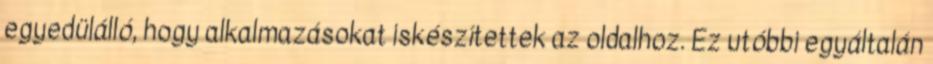
egyedülálló, hogy alkalmazásokat iskészítettek az oldalhoz. Ez utóbbi egyáltalán